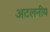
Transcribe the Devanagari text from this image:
अटलनीय